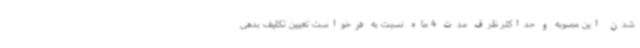
شدن این مصوبه و حداکثر ظرف مدت 4 ماه نسبت به درخواست تعیین تکلیف بدهی